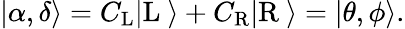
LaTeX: \begin{array}{r}{|\alpha,\delta\rangle=C_{\mathrm{L}}|\mathrm{L}\ \rangle+C_{\mathrm{R}}|\mathrm{R}\ \rangle=|\theta,\phi\rangle.}\end{array}